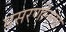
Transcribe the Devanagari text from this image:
घसरणीनंतर